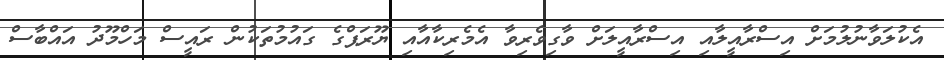
އެކުލަވާނުލުމަށް އިސްރާއީލާއި އިސްރާއީލަށް ވާގިވެރިވާ އެމެރިކާއާއި ޔޫރަޕްގެ ގައުމުތަކުން ރައީސް މަހްމޫދު އައްބާސް